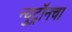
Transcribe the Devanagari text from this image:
न्युट्रॉनचा